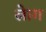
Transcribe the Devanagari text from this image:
लेाग